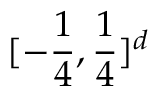
[ - \frac 1 4 , \frac 1 4 ] ^ { d }